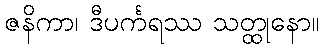
ဇနိကာ၊ ဒီပင်္ကရဿ သတ္ထုနော။